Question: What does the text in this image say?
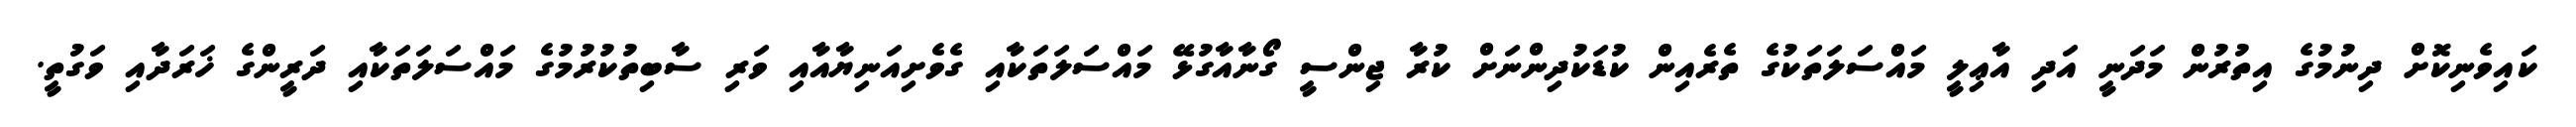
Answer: ކައިވެނިކޮށް ދިނުމުގެ އިތުރުން މަދަނީ އަދި އާޢިލީ މައްސަލަތަކުގެ ތެރެއިން ކުޑަކުދިންނަށް ކުރާ ޖިންސީ ގޯނާއާގުޅޭ މައްސަލަތަކާއި ގެވެށިއަނިޔާއާއި ވަރި ސާބިތުކުރުމުގެ މައްސަލަތަކާއި ދަރީންގެ ޚަރަދާއި ވަގުތީ.